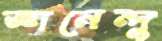
জ্ঞানেন্দু